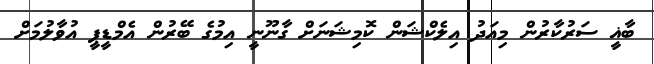
ބާޣީ ސަރުކާރުން މިއަދު އިލެކްޝަން ކޮމިޝަނަށް ގާނޫނީ އިމުގެ ބޭރުން އެމްޑީޕީ އުވާލުމަށް